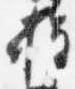
権